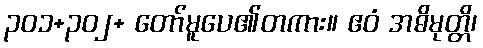
၃၀၁+၃၀၂+ တော်မူပေ၏တကား။ ဧဝံ အဓိမုတ္တိ၊